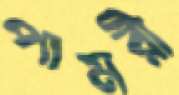
পামরী